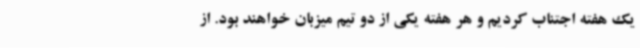
یک هفته اجتناب کردیم و هر هفته یکی از دو تیم میزبان خواهند بود. از